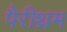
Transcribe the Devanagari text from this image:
पैरीथ्रम